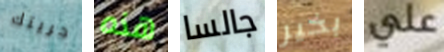
حريتك هذه جالسا بخير علي